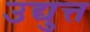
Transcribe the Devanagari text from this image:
उद्युत्त